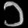
Digit: ၁